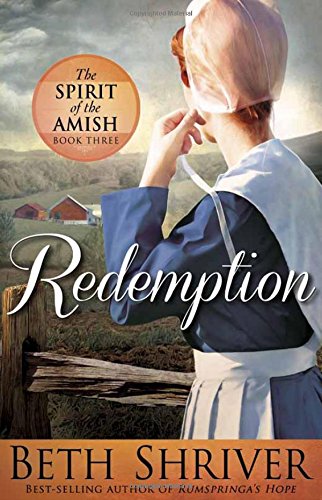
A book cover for Redemption (Spirit of the Amish); Beth Shriver; Romance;